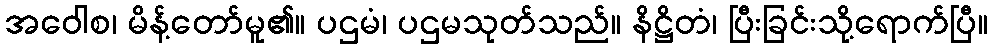
အဝေါစ၊ မိန့်တော်မူ၏။ ပဌမံ၊ ပဌမသုတ်သည်။ နိဋ္ဌိတံ၊ ပြီးခြင်းသို့ရောက်ပြီ။